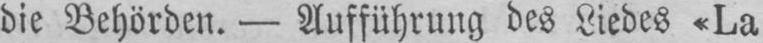
die Behörden. - Aufführung des Liedes «La